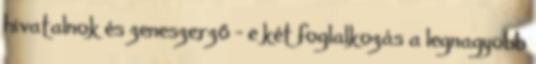
hivatalnok és zeneszerző - e két foglalkozás a legnagyobb